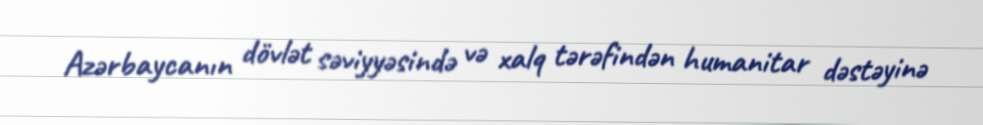
Azərbaycanın dövlət səviyyəsində və xalq tərəfindən humanitar dəstəyinə